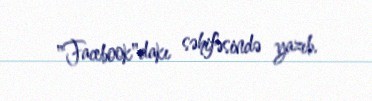
"Facebook"dakı səhifəsində yazıb.